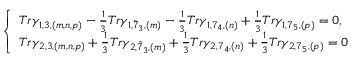
\left\{ \begin{array} { l } { { T r \gamma _ { 1 , 3 , ( m , n , p ) } - \frac { 1 } { 3 } T r \gamma _ { 1 , \tilde { 7 } _ { 3 } , ( m ) } - \frac { 1 } { 3 } T r \gamma _ { 1 , 7 _ { 4 } , ( n ) } + \frac { 1 } { 3 } T r \gamma _ { 1 , 7 _ { 5 } , ( p ) } = 0 , } } \\ { { T r \gamma _ { 2 , 3 , ( m , n , p ) } + \frac { 1 } { 3 } T r \gamma _ { 2 , \tilde { 7 } _ { 3 } , ( m ) } + \frac { 1 } { 3 } T r \gamma _ { 2 , 7 _ { 4 } , ( n ) } + \frac { 1 } { 3 } T r \gamma _ { 2 , 7 _ { 5 } , ( p ) } = 0 } } \end{array} \right.